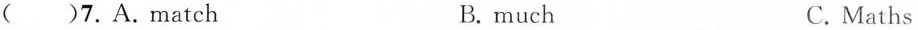
()7.A.match B. much C. Maths